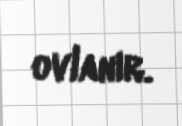
ovlanır.